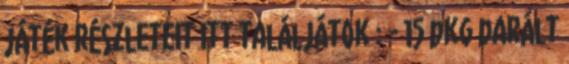
játék részleteit itt találjátok : - 15 dkg darált